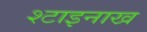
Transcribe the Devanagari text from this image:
श्टाइनाख